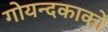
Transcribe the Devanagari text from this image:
गोयन्‍दकाको